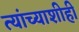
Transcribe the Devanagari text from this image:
त्यांच्याशीही